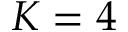
K = 4